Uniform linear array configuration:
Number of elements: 48
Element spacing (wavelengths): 0.75
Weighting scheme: hann
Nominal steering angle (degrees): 30
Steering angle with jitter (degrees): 30.425
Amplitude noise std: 0.05
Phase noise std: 0.05

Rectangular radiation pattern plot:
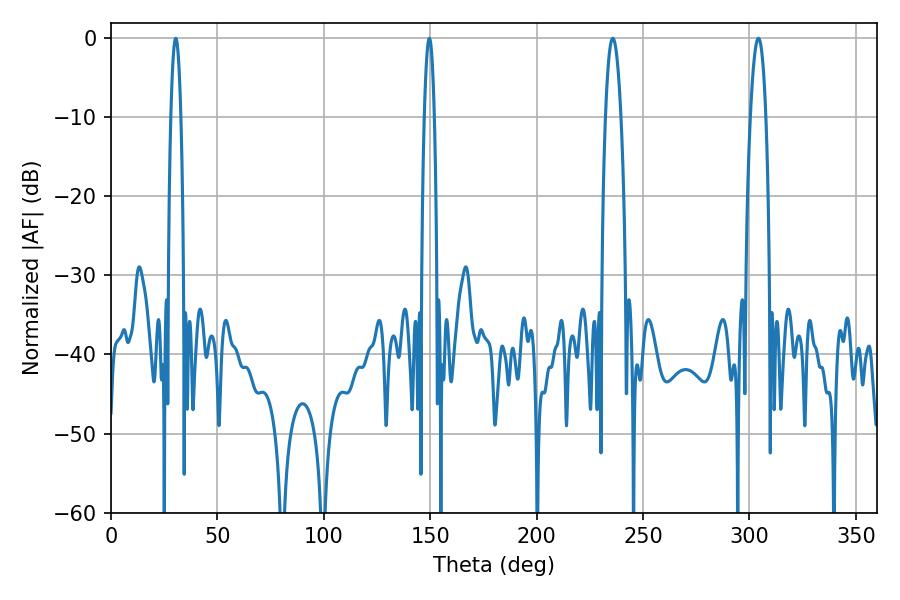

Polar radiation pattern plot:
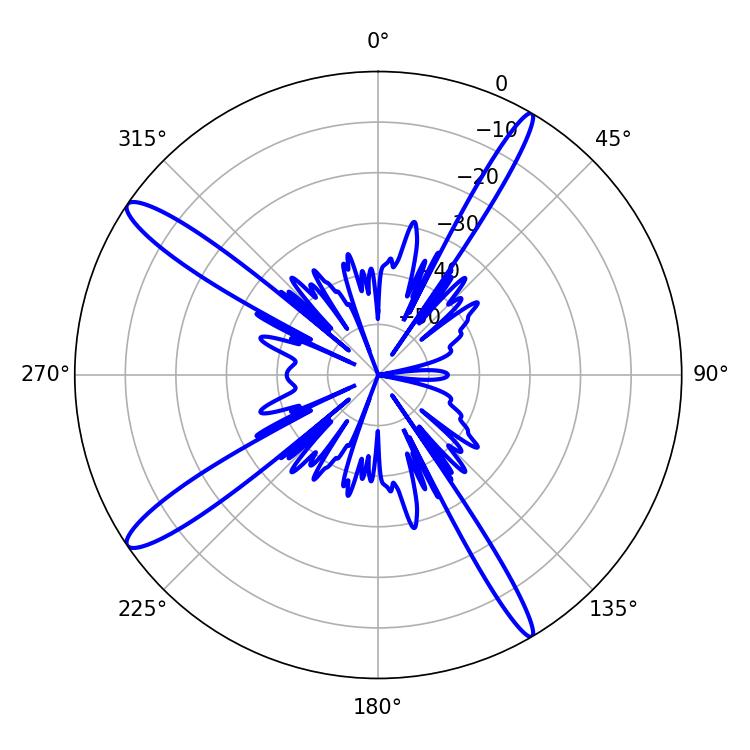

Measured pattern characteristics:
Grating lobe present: TRUE
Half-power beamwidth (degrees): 2.52
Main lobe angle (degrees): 30.42